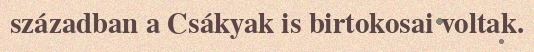
században a Csákyak is birtokosai voltak.